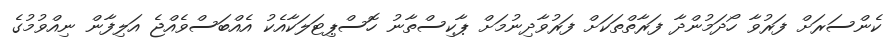
ކެންސަރަށް ފަރުވާ ހޯދަމުންދާ ފަރާތްތަކަށް ފަރުވާދިނުމަށް ޕާކިސްތާނު ހޮސްޕިޓަލަކާއެކު އެއްބަސްވެއްޖެ އަލިފާން ނިއްވުމުގެ